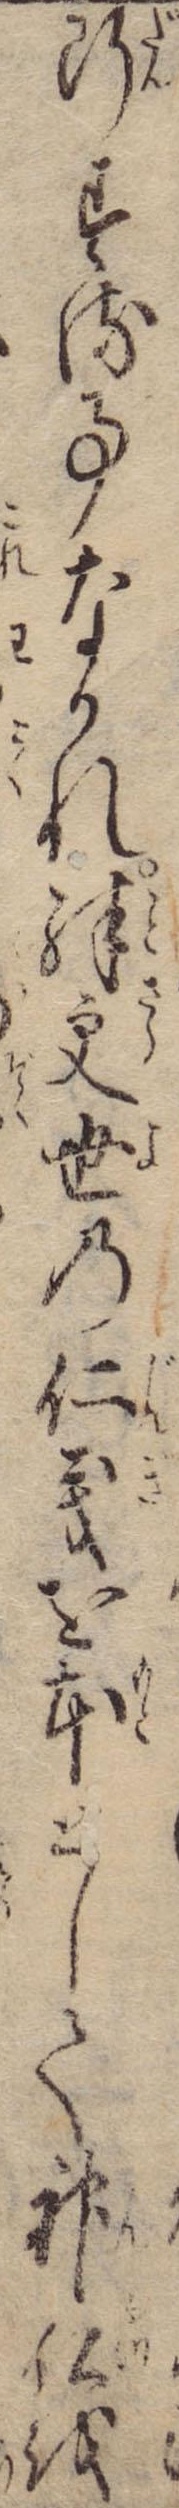
断する事なかれ殊更世の仁義を本として神仏を